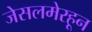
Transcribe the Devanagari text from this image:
जेसलमेरहून